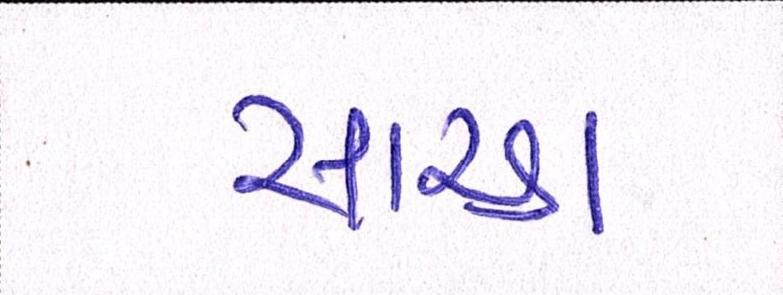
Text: સારડા